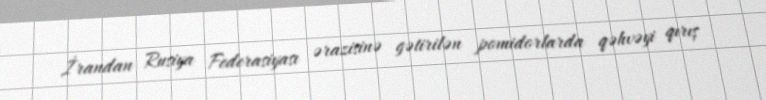
İrandan Rusiya Federasiyası ərazisinə gətirilən pomidorlarda qəhvəyi qırış